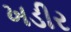
ખડીર